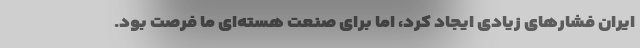
ایران فشار‌های زیادی ایجاد کرد، اما برای صنعت هسته‌ای ما فرصت بود.